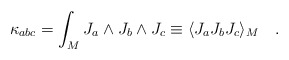
\begin{align*}\kappa_{abc} =\int_M J_a \wedge J_b \wedge J_c \equiv \langle J_a J_bJ_c \rangle_M\quad.\end{align*}